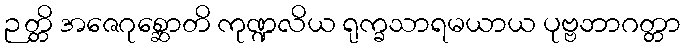
ဉတ္တိ အဇေဂုစ္ဆောတိ ကုဏ္ဍလိယ ရုက္ခသာရမယာယ ပုဗ္ဗဘာဂတ္တာ